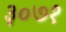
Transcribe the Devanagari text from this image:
३०७१